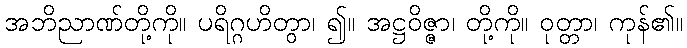
အဘိညာဏ်တို့ကို။ ပရိဂ္ဂဟိတွာ၊ ၍။ အဋ္ဌဝိဇ္ဇာ၊ တို့ကို။ ဝုတ္တာ၊ ကုန်၏။